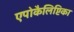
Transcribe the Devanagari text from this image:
एपोकैलिप्टिका